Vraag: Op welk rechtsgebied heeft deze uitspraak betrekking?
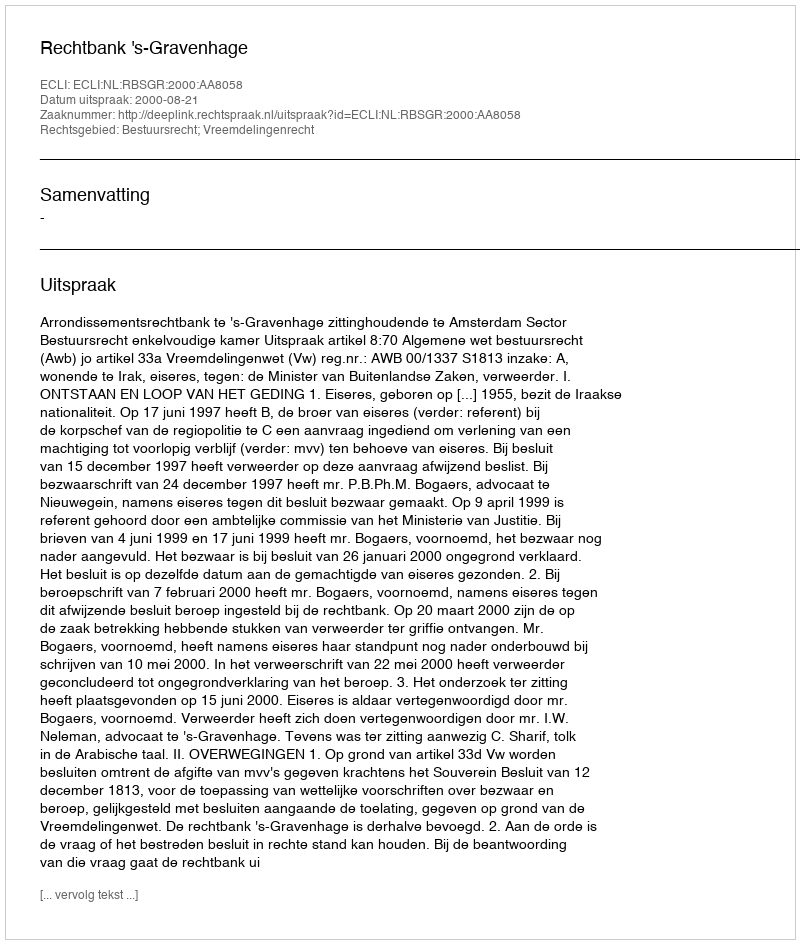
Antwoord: Bestuursrecht; Vreemdelingenrecht